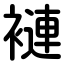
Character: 褳